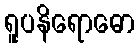
ရူပနိရောဓော